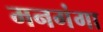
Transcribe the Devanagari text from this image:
मनगंगा